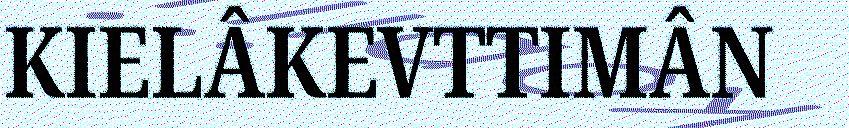
KIELÂKEVTTIMÂN